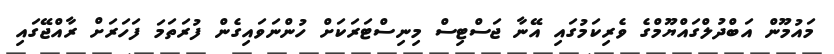
މައުމޫން އަބްދުލްގައްޔޫމްގެ ވެރިކަމުގައި އޭނާ ޖަސްޓިސް މިނިސްޓަރަކަށް ހުންނަވައިގެން ފުރަތަމަ ފަހަރަށް ރާއްޖޭގައި